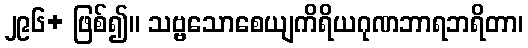
၂၉၆+ ဖြစ်၍။ သဗ္ဗသောစေယျကိရိယဂုဏဘာရဘရိတာ၊